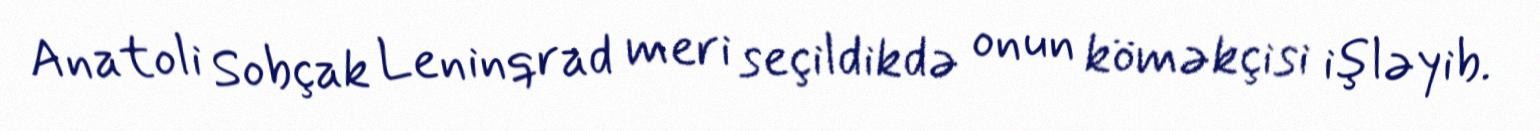
Anatoli Sobçak Leninqrad meri seçildikdə onun köməkçisi işləyib.